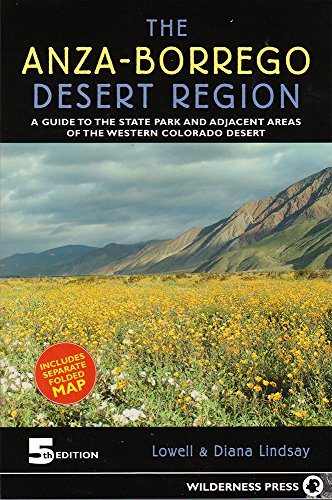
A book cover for Anza-Borrego Desert Region: A Guide to State Park and Adjacent Areas of the Western Colorado Desert; Diana Lindsay; Travel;